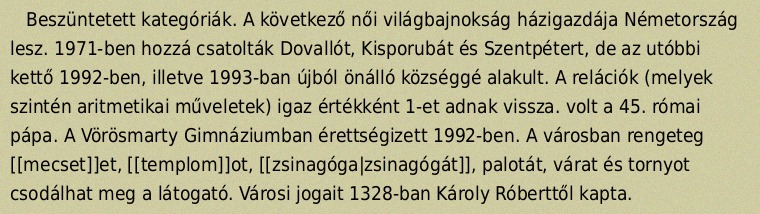
Beszüntetett kategóriák. A következő női világbajnokság házigazdája Németország lesz. 1971-ben hozzá csatolták Dovallót, Kisporubát és Szentpétert, de az utóbbi kettő 1992-ben, illetve 1993-ban újból önálló községgé alakult. A relációk (melyek szintén aritmetikai műveletek) igaz értékként 1-et adnak vissza. volt a 45. római pápa. A Vörösmarty Gimnáziumban érettségizett 1992-ben. A városban rengeteg [[mecset]]et, [[templom]]ot, [[zsinagóga|zsinagógát]], palotát, várat és tornyot csodálhat meg a látogató. Városi jogait 1328-ban Károly Róberttől kapta.